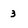
Character: 3